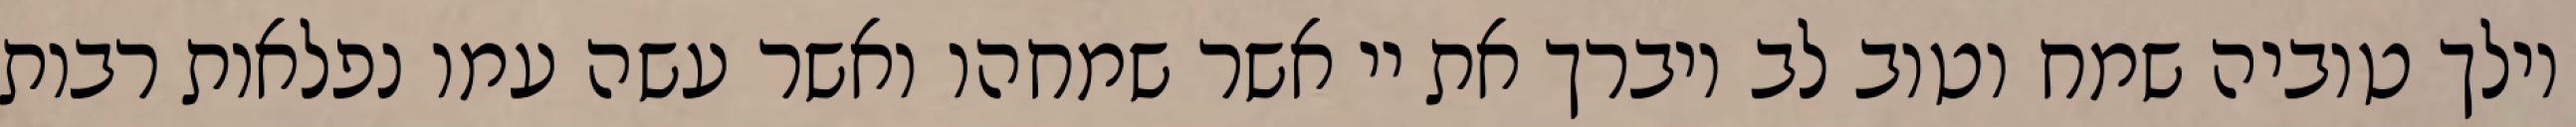
וילך טוביה שמח וטוב לב ויברך את יי אשר שמחהו ואשר עשה עמו נפלאות רבות